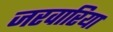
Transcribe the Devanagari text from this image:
जरवारिया